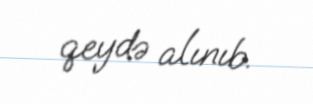
qeydə alınıb.